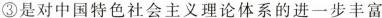
③是对中国特色社会主义理论体系的进一步丰富